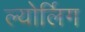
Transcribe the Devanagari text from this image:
ल्योर्लिग